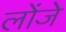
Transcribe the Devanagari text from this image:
लोंजे